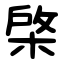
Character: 棨